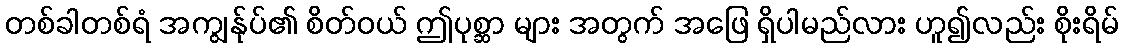
တစ်ခါတစ်ရံ အကျွန်ုပ်၏ စိတ်ဝယ် ဤပုစ္ဆာ များ အတွက် အဖြေ ရှိပါမည်လား ဟူ၍လည်း စိုးရိမ်